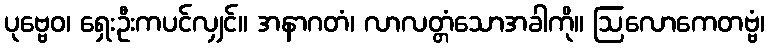
ပုဗ္ဗေဝ၊ ရှေးဦးကပင်လျှင်။ အနာဂတံ၊ လာလတ္တံသောအခါကို။ ဩလောကေတဗ္ဗံ၊